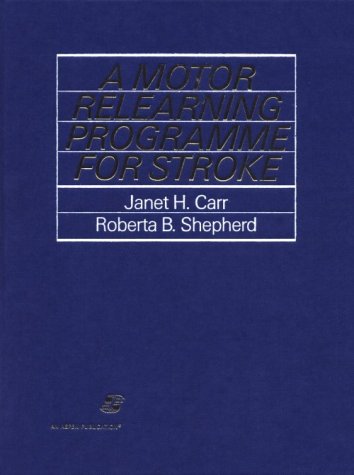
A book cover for Motor Relearning Program for Stroke; Janet Carr; Health, Fitness & Dieting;